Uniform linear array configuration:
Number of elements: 16
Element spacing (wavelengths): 0.25
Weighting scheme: blackman
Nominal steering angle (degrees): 60
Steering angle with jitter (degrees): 59.26
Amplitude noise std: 0.05
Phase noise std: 0.05

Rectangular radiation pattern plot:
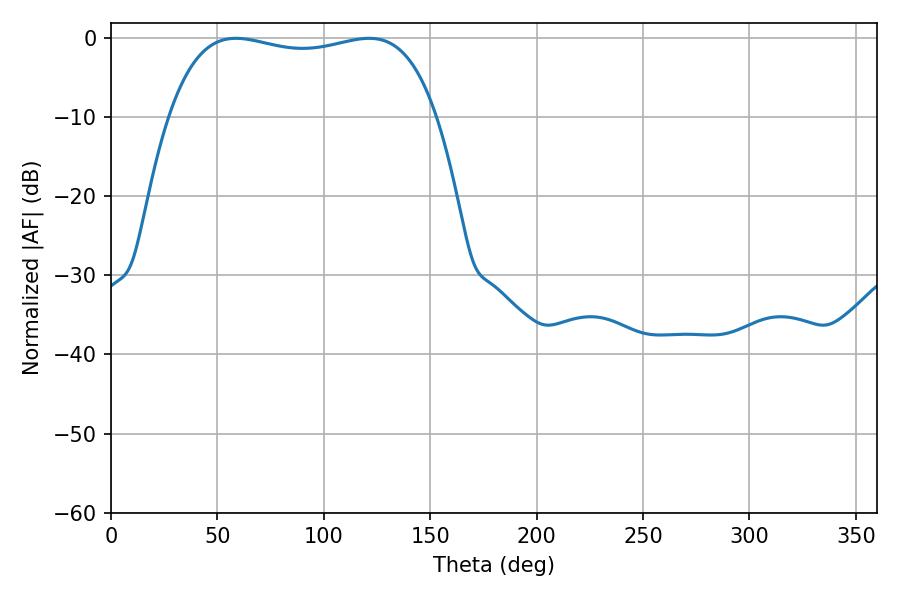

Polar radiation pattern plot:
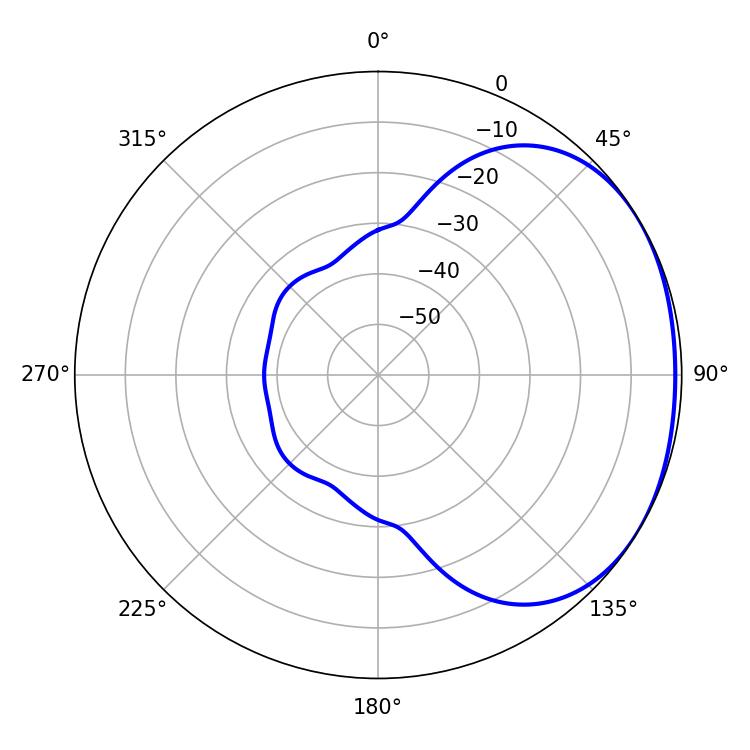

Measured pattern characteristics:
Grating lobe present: FALSE
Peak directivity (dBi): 1.572
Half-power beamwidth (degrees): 101.52
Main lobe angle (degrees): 58.68